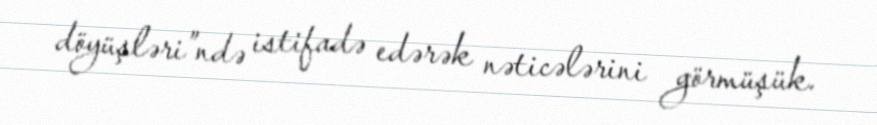
döyüşləri”ndə istifadə edərək nəticələrini görmüşük.